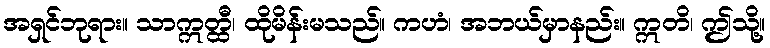
အရှင်ဘုရား။ သာဣတ္ထီ၊ ထိုမိန်းမသည်။ ကဟံ၊ အဘယ်မှာနည်း။ ဣတိ၊ ဤသို့။